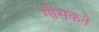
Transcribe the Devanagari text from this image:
गोराकने